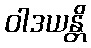
ဝါဒယန္တိ